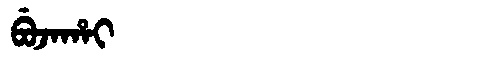
Manchu: ᠪᡠᠵᠠᡥᠠᡳ
Romanization: BUJAHAI